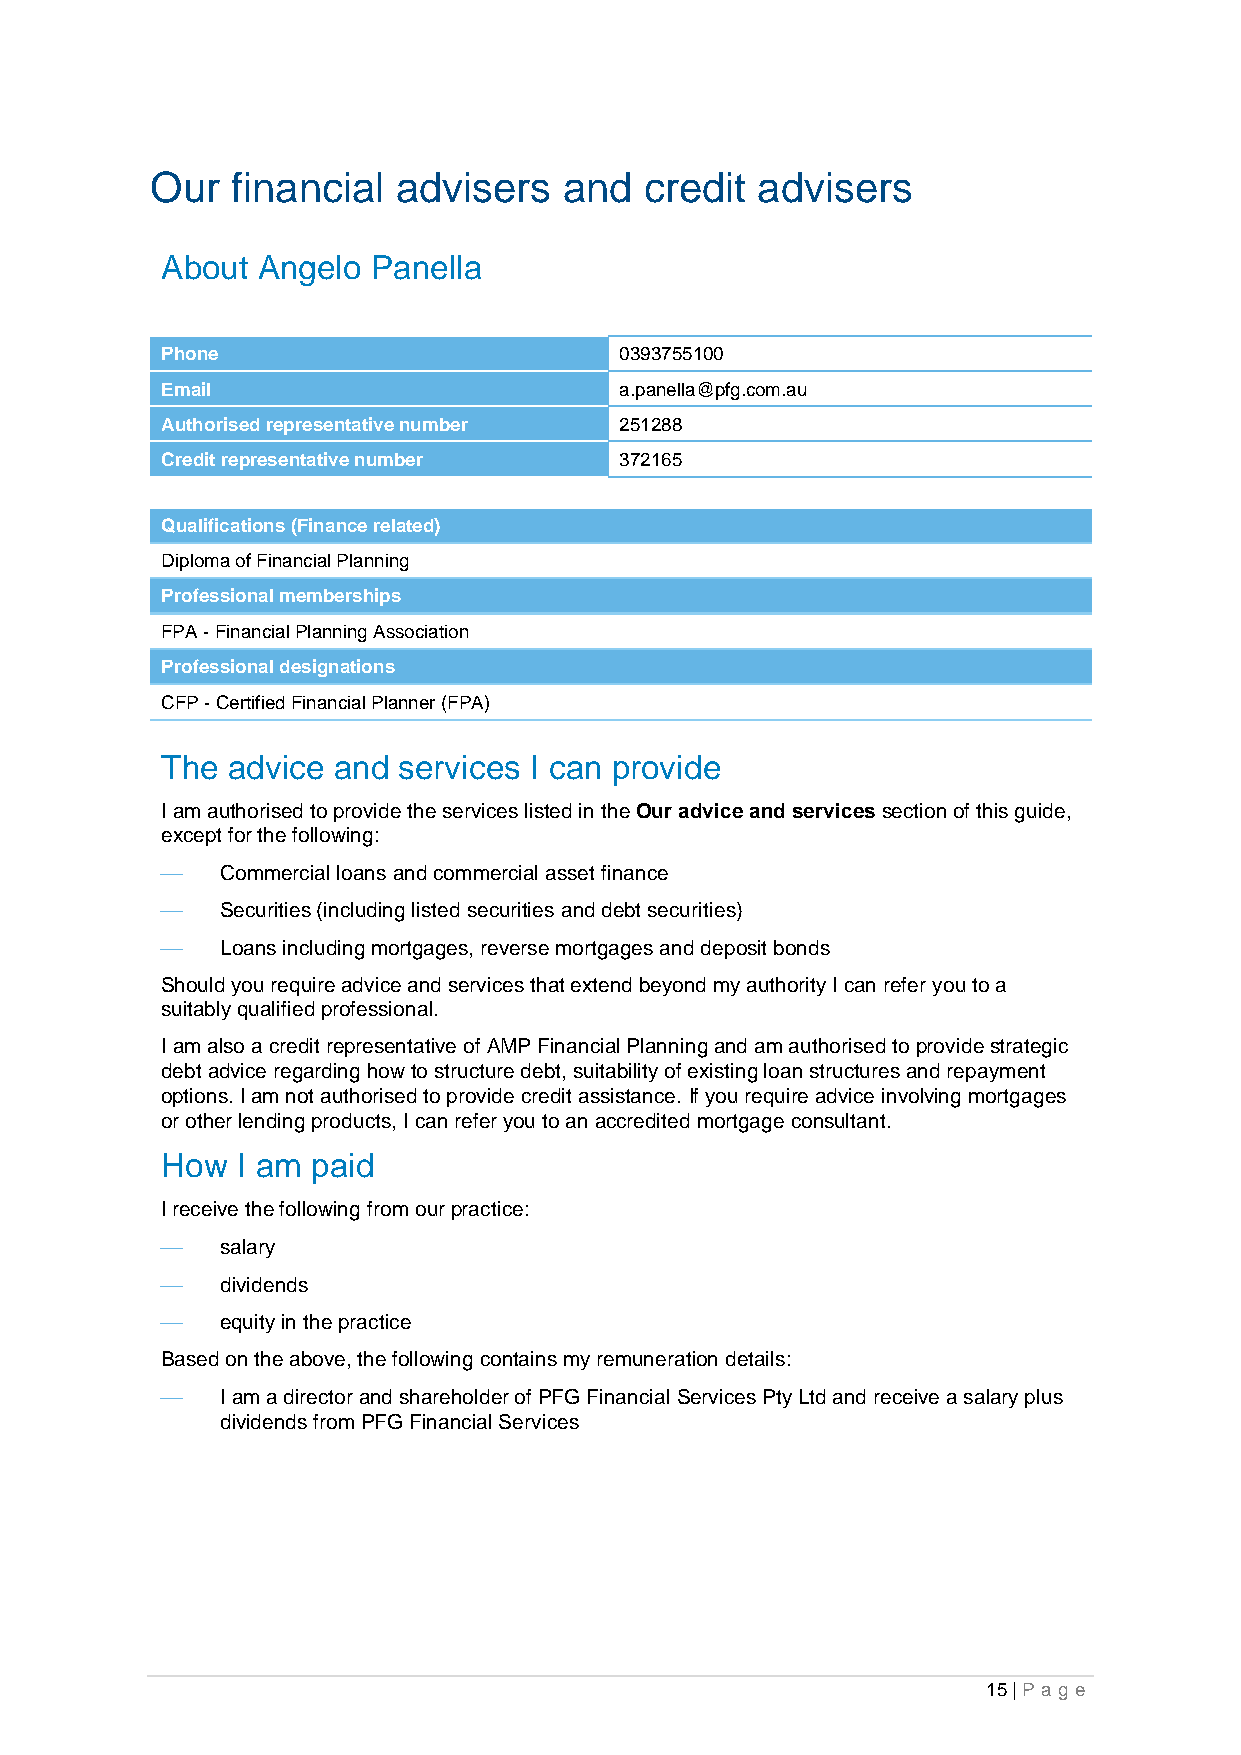
Our  financial  advisers   and   credit advisers
 About Angelo  Panella
 Phone                         0393755100
 Email                         a.panella@pfg.com.au
 Authorised representative number 251288
 Credit representative number  372165
 Qualifications (Finance related)
 Diploma of Financial Planning
 Professional memberships
 FPA - Financial Planning Association
 Professional designations
 CFP - Certified Financial Planner (FPA)
 The advice and services I can provide
 I am authorised to provide the services listed in the Our advice and services section of this guide,
 except for the following:
 ⎯   Commercial loans and commercial asset finance
 ⎯   Securities (including listed securities and debt securities)
 ⎯   Loans including mortgages, reverse mortgages and deposit bonds
 Should you require advice and services that extend beyond my authority I can refer you to a
 suitably qualified professional.
 I am also a credit representative of AMP Financial Planning and am authorised to provide strategic
 debt advice regarding how to structure debt, suitability of existing loan structures and repayment
 options. I am not authorised to provide credit assistance. If you require advice involving mortgages
 or other lending products, I can refer you to an accredited mortgage consultant.
 How  I am paid
 I receive the following from our practice:
 ⎯   salary
 ⎯   dividends
 ⎯   equity in the practice
 Based on the above, the following contains my remuneration details:
 ⎯   I am a director and shareholder of PFG Financial Services Pty Ltd and receive a salary plus
 dividends from PFG Financial Services
 15 | Pa g e